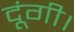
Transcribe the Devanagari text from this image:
दूंगी।